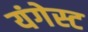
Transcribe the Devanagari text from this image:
यंगेस्ट